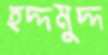
হদ্দমুদ্দ